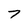
Character: 7